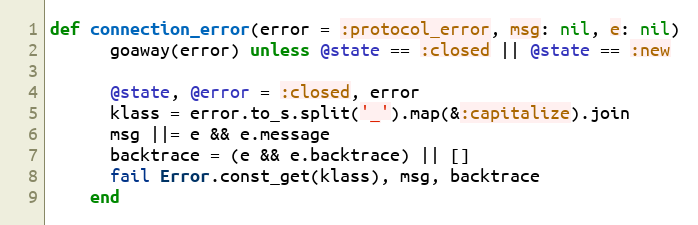
Language: Ruby
def connection_error(error = :protocol_error, msg: nil, e: nil)
      goaway(error) unless @state == :closed || @state == :new

      @state, @error = :closed, error
      klass = error.to_s.split('_').map(&:capitalize).join
      msg ||= e && e.message
      backtrace = (e && e.backtrace) || []
      fail Error.const_get(klass), msg, backtrace
    end